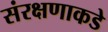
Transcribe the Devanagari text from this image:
संरक्षणाकडे